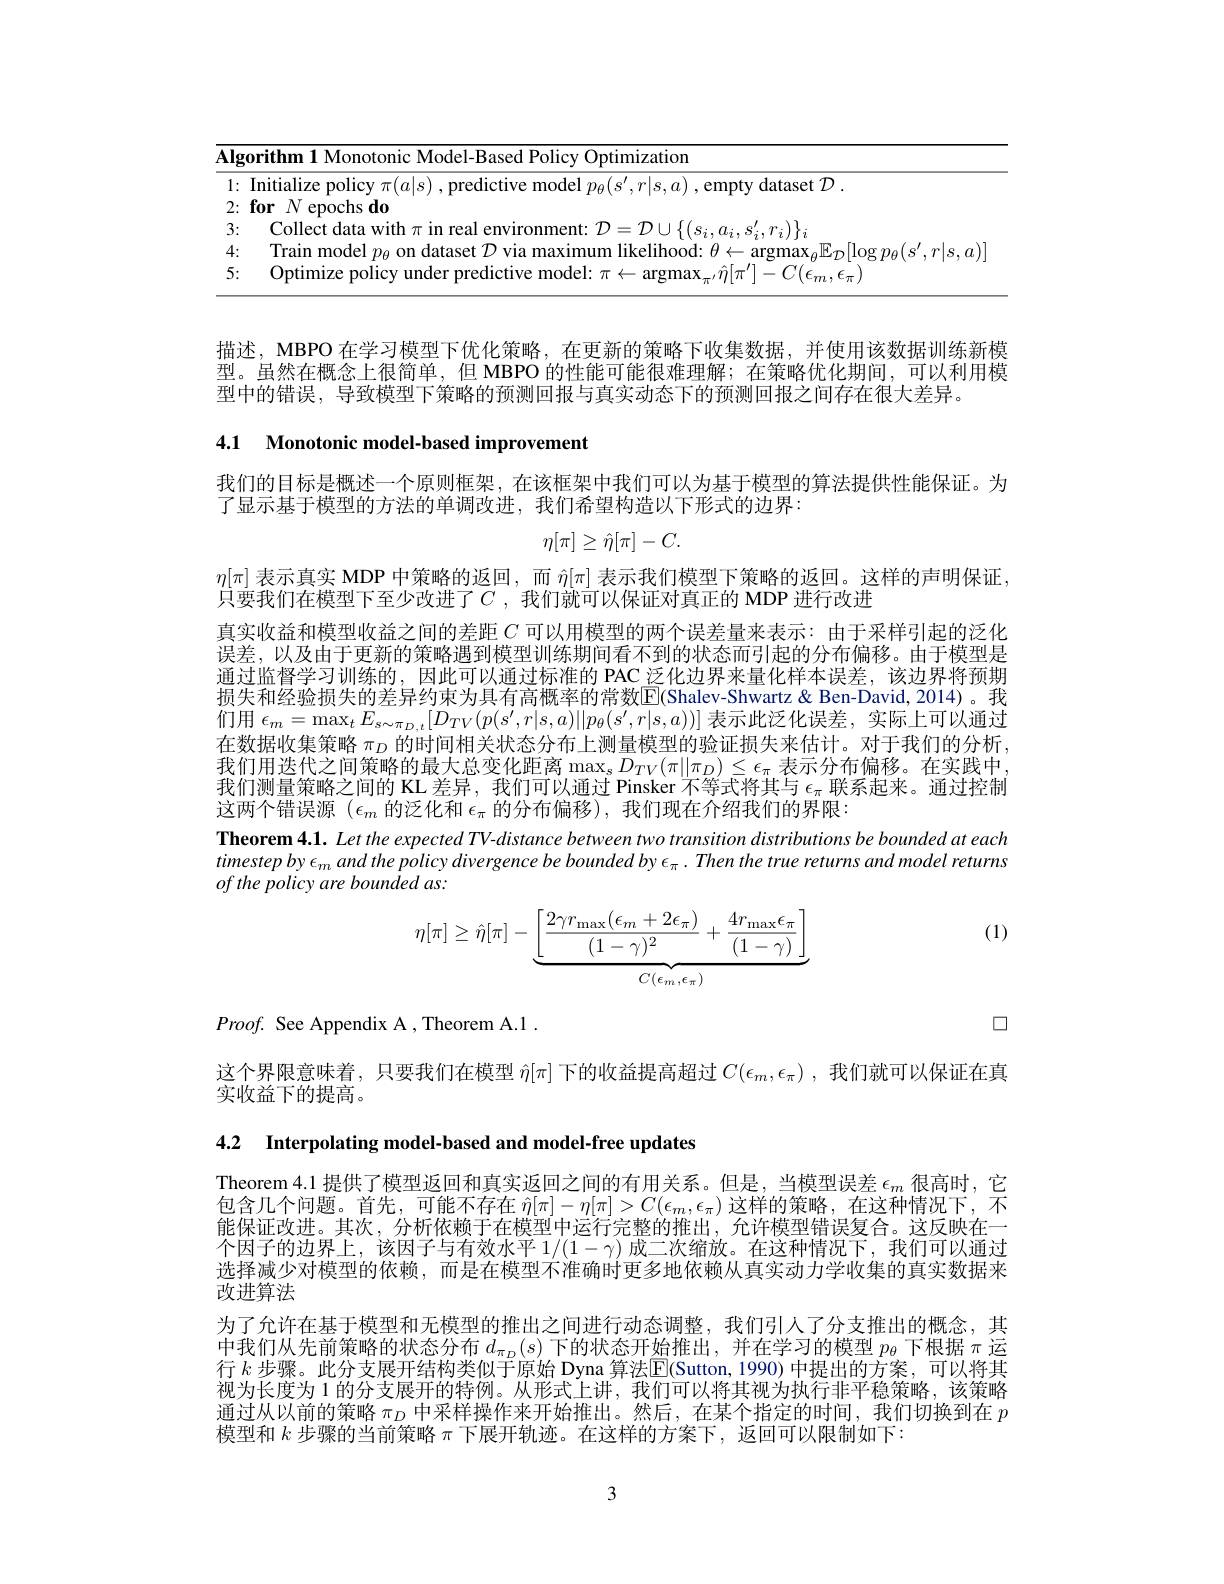
<table>
	<tbody>
		<tr>
			<td>$\overline{\mathbf{Alg}}$ 1</td>
			<td>$-\mathbf{F}$ Based Policy Optimization</td>
		</tr>
		<tr>
			<td>1 T </td>
			<td>Initialize policy $\pi(a|s)$,predict $T|s$ 1 . emptv dataset $\mathcal{D}.$</td>
		</tr>
		<tr>
			<td>2:</td>
			<td>for $N$ epochs do</td>
		</tr>
		<tr>
			<td>3:</td>
			<td>Collect data with $\pi$ in real er 1=711 $v_{\mathrm{i}}\ldots s^{\prime}.r_{\mathrm{i}})\}$</td>
		</tr>
		<tr>
			<td>4: 1</td>
			<td></td>
		</tr>
		<tr>
			<td>5:</td>
			<td>nredictive</td>
		</tr>
	</tbody>
</table>

描述，MBPO 在学习模型下优化策略，在更新的策略下收集数据，并使用该数据训练新模型。虽然在概念上很简单，但 MBPO 的性能可能很难理解；在策略优化期间，可以利用模型中的错误，导致模型下策略的预测回报与真实动态下的预测回报之间存在很大差异。

4.1 Monotonic model-based improvement

我们的目标是概述一个原则框架，在该框架中我们可以为基于模型的算法提供性能保证。为
了显示基于模型的方法的单调改进，我们希望构造以下形式的边界：
$$\eta[\pi]\geq\hat{\eta}[\pi]-C.$$
$\eta[\pi]$表示真实 MDP 中策略的返回，而$\hat{\eta}[\pi]$表示我们模型下策略的返回。这样的声明保证，
只要我们在模型下至少改进了$C$ ,我们就可以保证对真正的 MDP 进行改进
真实收益和模型收益之间的差距$C$可以用模型的两个误差量来表示：由于采样引起的泛化误差，以及由于更新的策略遇到模型训练期间看不到的状态而引起的分布偏移。由于模型是通过监督学习训练的，因此可以通过标准的 PAC\_泛化边界来量化样本误差，该边界将预期损失和经验损失的差异约束为具有高概率的常数$\overline{\mathrm{E}}$(Shalev-Shwartz& Ben-David, 2014)。我们用$\epsilon_m=\max_tE_{s\sim\pi_{D,t}}[D_{TV}(p(s^{\prime},r|s,a)||p_{\theta}(s^{\prime},r|s,a))]$表示此泛化误差，实际上可以通过在数据收集策略$\pi_D$的时间相关状态分布上测量模型的验证损失来估计。对于我们的分析， 我们用迭代之间策略的最大总变化距离$\max_sD_{TV}(\pi||\pi_D)\leq\epsilon_\pi$ 表示分布偏移。在实践中T/幻刚目饰略立的$w$子的$W$者已不知可以及中$w_{T}$ 我们测量策略之间的 KL 差异，我们可以通过 Pinsker 不等式将其与$\epsilon_\pi$联系起来。通过控制这两个错误源$(\epsilon_m$的泛化和$\epsilon_\pi$的分布偏移),我们现在介绍我们的界限：
Theorem 4.1. Let the expected TV-distance between two transition distributions be bounded at each $timestepby\epsilon _{m}and$ the policy divergence $be$ bounded $by$ $\epsilon _{\pi }$ . Then the true returns and model returns of the policy are bounded as:

(1)
$$\eta[\pi]\geq\hat{\eta}[\pi]-\underbrace{\left[\frac{2\gamma r_{\max}(\epsilon_m+2\epsilon_\pi)}{(1-\gamma)^2}+\frac{4r_{\max}\epsilon_\pi}{(1-\gamma)}\right]}_{C(\epsilon_m,\epsilon_\pi)}$$
$Proof.$ See Appendix A , Theorem A.1 .

$\square$
这个界限意味着，只要我们在模型$\hat{\eta}[\pi]$下的收益提高超过$C(\epsilon_m,\epsilon_\pi)$ ,我们就可以保证在真
实收益下的提高。

4.2 Interpolating model-based and model-free updates

Theorem 4.1 提供了模型返回和真实返回之间的有用关系。但是，当模型误差$\epsilon_m$很高时，它包含几个问题。首先，可能不存在$\hat{\eta}[\pi]-\eta[\pi]>C(\epsilon_m,\epsilon_\pi)$这样的策略，在这种情况下，不能保证改进。其次，分析依赖于在模型中运行完整的推出，允许模型错误复合。这反映在一个因子的边界上，该因子与有效水平$1/(1-\gamma)$成二次缩放。在这种情况下，我们可以通过选择减少对模型的依赖，而是在模型不准确时更多地依赖从真实动力学收集的真实数据来改进算法
为了允许在基于模型和无模型的推出之间进行动态调整，我们引人了分支推出的概念，其中我们从先前策略的状态分布$d_{\pi_D}(s)$下的状态开始推出，并在学习的模型$p_\theta$下根据$\pi$运行 $k$ 步骤。此分支展开结构类似于原始 Dyna 算法$\boxed{\mathrm{E}}($Sutton,1990)中提出的方案，可以将其视为长度为 1 的分支展开的特例。从形式上讲，我们可以将其视为执行非平稳策略，该策略通过从以前的策略$\pi_D$中采样操作来开始推出。然后，在某个指定的时间，我们切换到在$p$ 模型和$k$步骤的当前策略$\pi$下展开轨迹。在这样的方案下，返回可以限制如下：

3